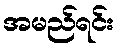
အမည်ရင်း